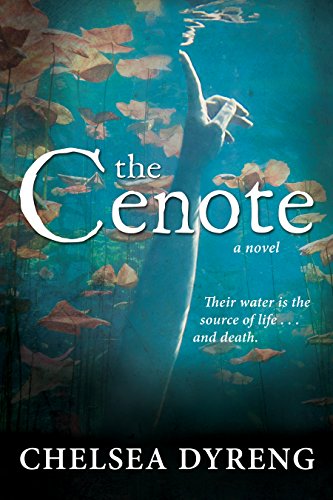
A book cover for The Cenote; Chelsea Dyreng; Romance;